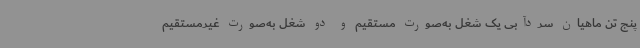
پنج تن ماهیان سردآبی یک شغل به‌صورت مستقیم و دو شغل به‌صورت غیرمستقیم